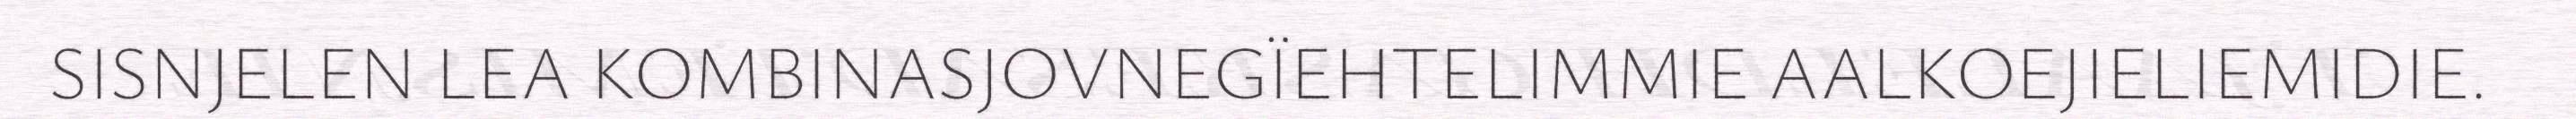
SISNJELEN LEA KOMBINASJOVNEGÏEHTELIMMIE AALKOEJIELIEMIDIE.